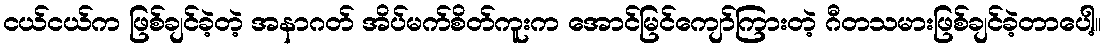
ငယ်ငယ်က ဖြစ်ချင်ခဲ့တဲ့ အနာဂတ် အိပ်မက်စိတ်ကူးက အောင်မြင်ကျော်ကြားတဲ့ ဂီတသမားဖြစ်ချင်ခဲ့တာပေါ့။